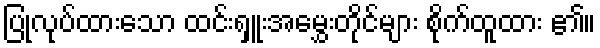
ပြုလုပ်ထားသော ထင်းရှူးအမွှေးတိုင်များ စိုက်ထူထား ၏။